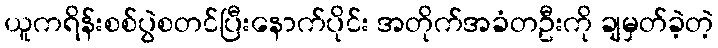
ယူကရိန်းစစ်ပွဲစတင်ပြီးနောက်ပိုင်း အတိုက်အခံတဦးကို ချမှတ်ခဲ့တဲ့